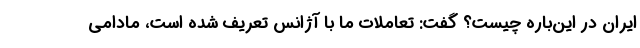
ایران در این‌باره چیست؟ گفت: تعاملات ما با آژانس تعریف شده است، مادامی